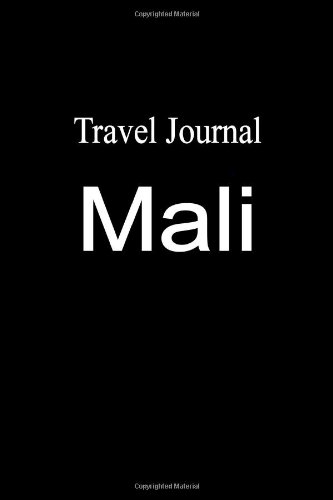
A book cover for Travel Journal Mali; E Locken; Travel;